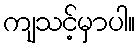
ကျသင့်မှာပါ။